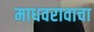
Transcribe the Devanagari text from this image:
माधवरावाचा